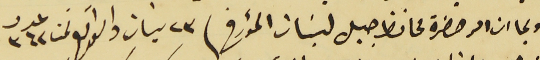
وبما ان امر حضرة محافظ جبل لبنان المؤرخ فى ٢٣ نيسان والواقع تحت عدد ٣٦٢